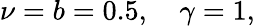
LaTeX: \nu=b=0.5,\quad\gamma=1,